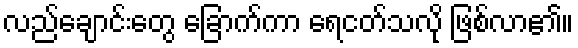
လည်ချောင်းတွေ ခြောက်ကာ ရေငတ်သလို ဖြစ်လာ၏။